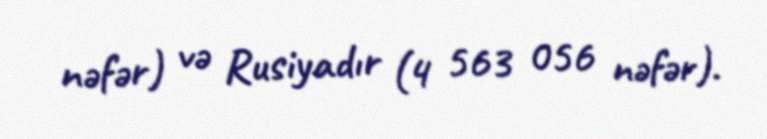
nəfər) və Rusiyadır (4 563 056 nəfər).